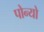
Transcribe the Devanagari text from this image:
पोन्यो